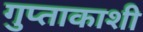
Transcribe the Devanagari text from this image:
गुप्‍ताकाशी